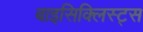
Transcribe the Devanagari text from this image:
बाइसिक्लिस्ट्स